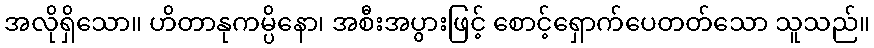
အလိုရှိသော။ ဟိတာနုကမ္ပိနော၊ အစီးအပွားဖြင့် စောင့်ရှောက်ပေတတ်သော သူသည်။